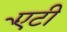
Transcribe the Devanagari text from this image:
एेंटी